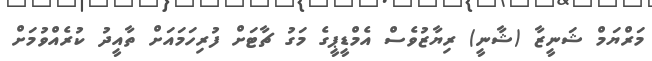
މަރްޔަމް ޝަނީޒާ (ޝާނީ) ރިޔާޒުވެސް އެމްޑީޕީގެ މަގު ޗާޓަށް ފުރިހަމައަށް ތާއީދު ކުރެއްވުމަށް